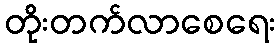
တိုးတက်လာစေရေး